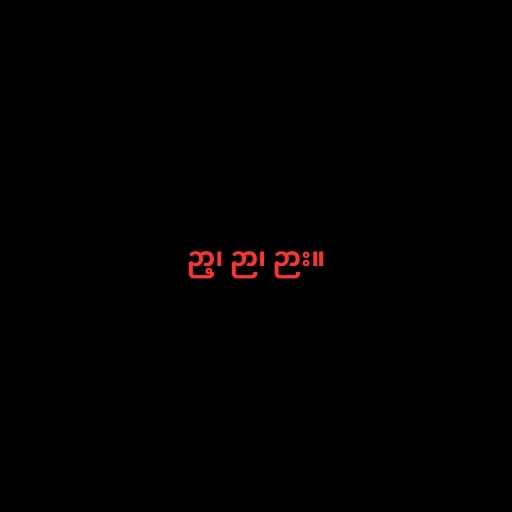
ဉာ့၊ ဉာ၊ ဉား။